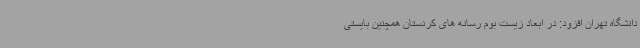
دانشگاه تهران افزود: در ابعاد زیست بوم رسانه های کردستان همچنین بایستی